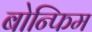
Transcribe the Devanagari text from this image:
बोन्फिम